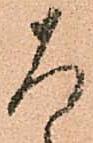
ろ